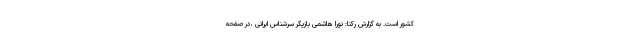
کشور است. به گزارش رکنا: نورا هاشمی بازیگر سرشناس ایرانی ،در صفحه